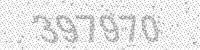
Solution: 397970